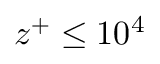
z ^ { + } \leq 1 0 ^ { 4 }